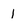
Character: 1